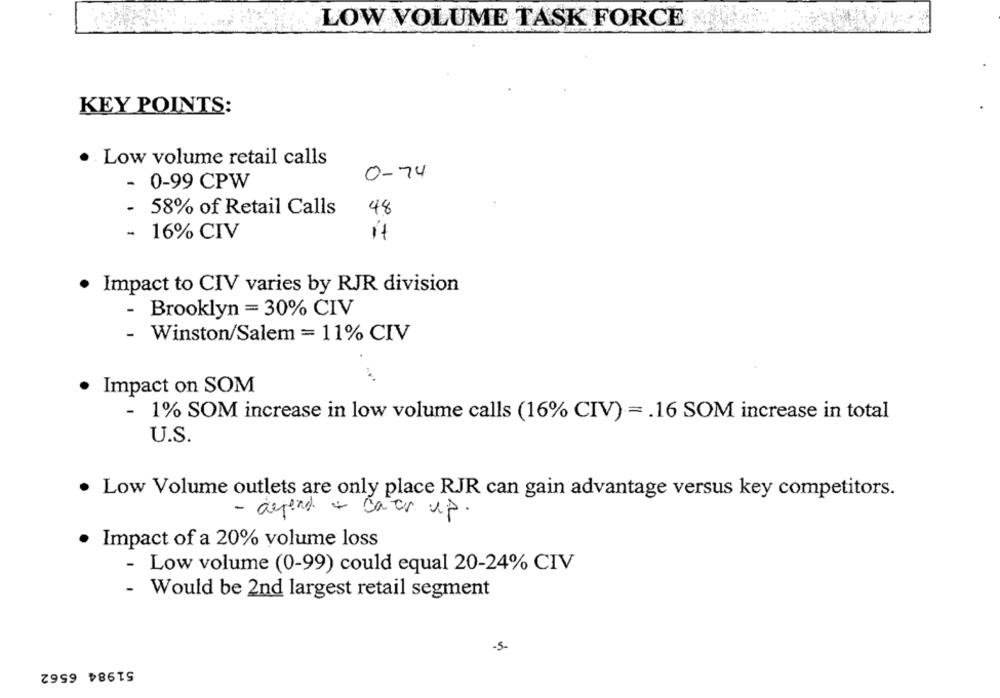
LOW VOLUME TASK FORCE
KEY POINTS:
· Low volume retail calls
0-74
- 0-99 CPW
- 58% of Retail Calls
48
- 16% CIV
it
· Impact to CIV varies by RJR division
-
Brooklyn = 30% CIV
- Winston/Salem = 11% CIV
· Impact on SOM
-
1% SOM increase in low volume calls (16% CIV) = . 16 SOM increase in total
U.S.
· Low Volume outlets are only place RJR can gain advantage versus key competitors.
- depend + cats up.
· Impact of a 20% volume loss
-
Low volume (0-99) could equal 20-24% CIV
- Would be 2nd largest retail segment
-5.
51984 6562